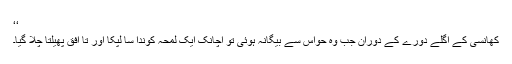
‘‘
کھانسی کے اگلے دورے کے دوران جب وہ حواس سے بیگانہ ہوئی تو اچانک ایک لمحہ کوندا سا لپکا اور تا افق پھیلتا چلا گیا۔